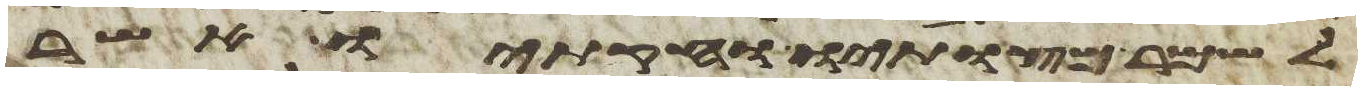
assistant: לשמר מצותיו וחקתיו אשר